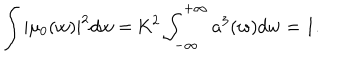
\int | \mu _ { 0 } ( w ) | ^ { 2 } d w = \mathrm { K } ^ { 2 } \int _ { - \infty } ^ { + \infty } a ^ { 3 } ( w ) d w = 1 .